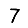
Digit: 7